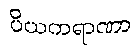
ပိယကရာဏာ